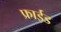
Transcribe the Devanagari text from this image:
फ्राईड